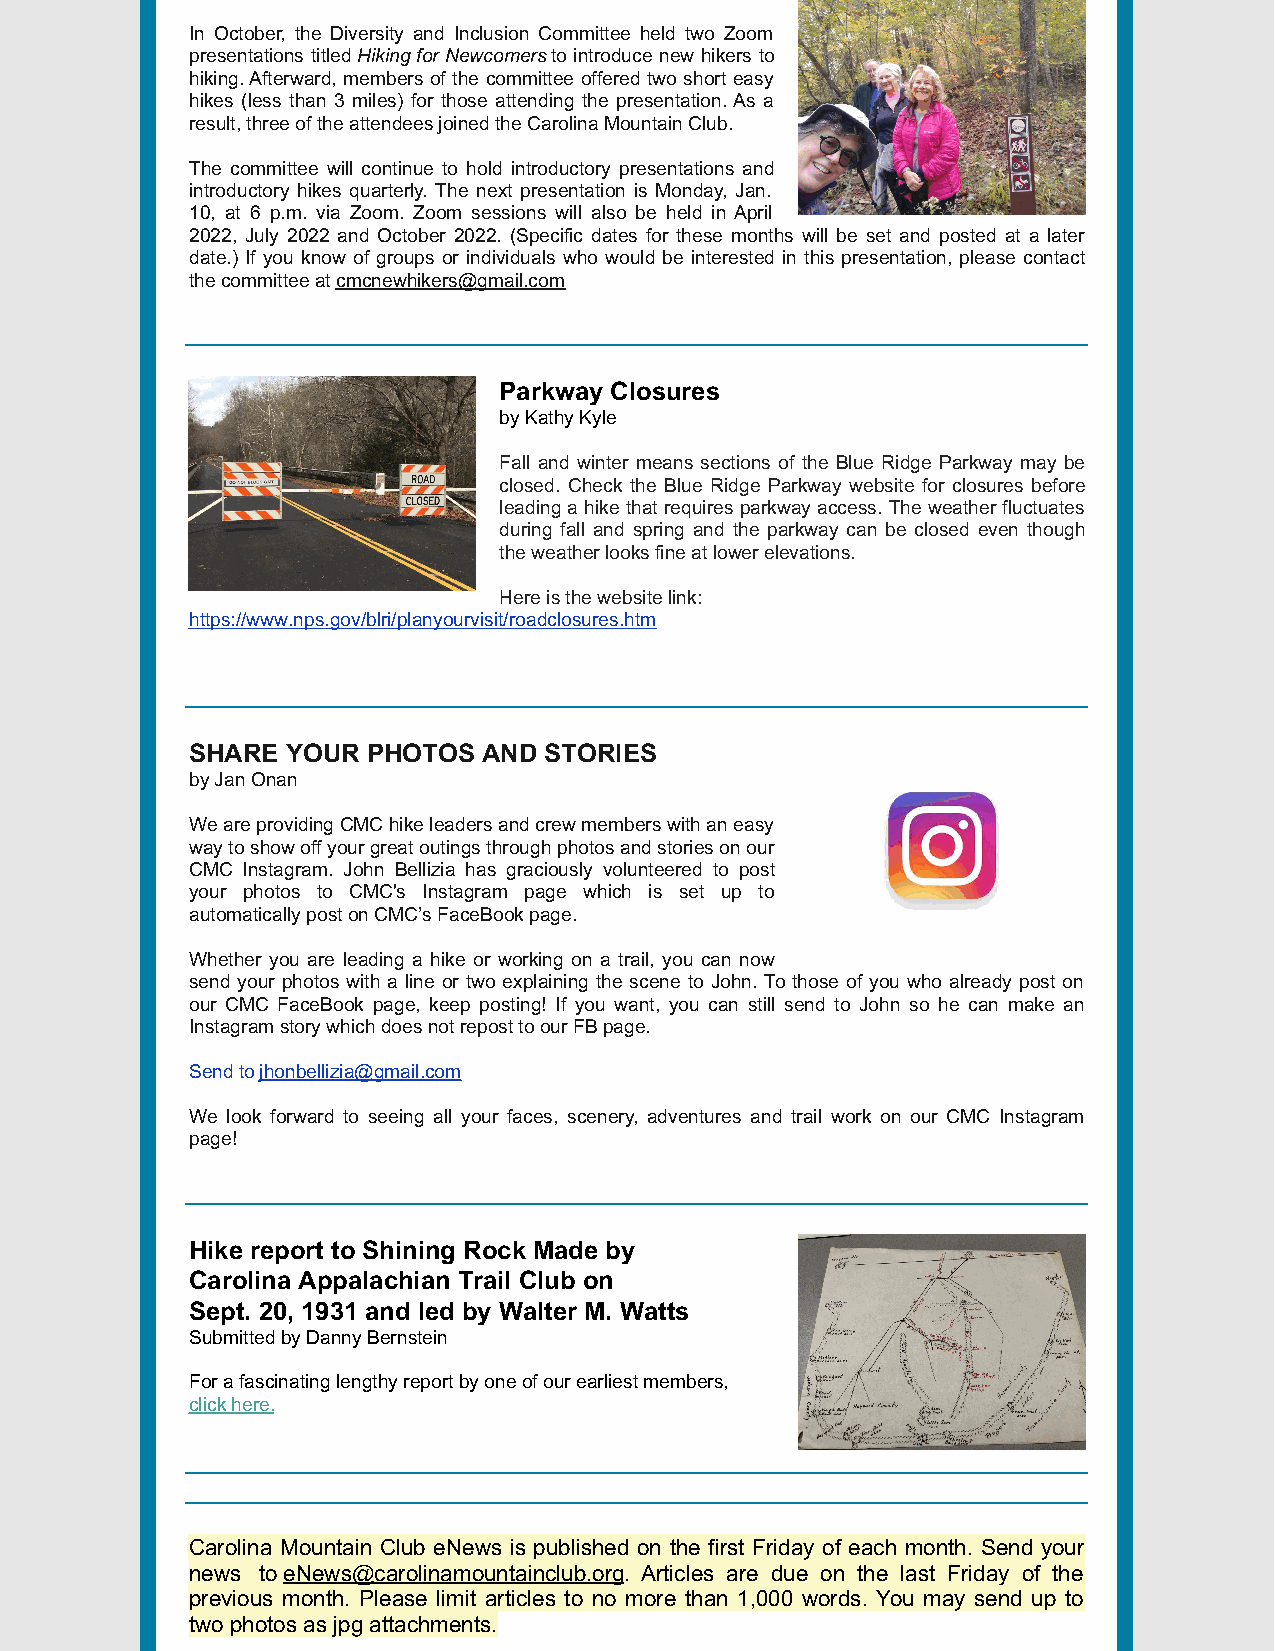
In October, the Diversity and Inclusion Committee held two Zoom
 presentations titled Hiking for Newcomers to introduce new hikers to
 hiking. Afterward, members of the committee offered two short easy
 hikes (less than 3 miles) for those attending the presentation. As a
 result, three of the attendees joined the Carolina Mountain Club.
 The committee will continue to hold introductory presentations and
 introductory hikes quarterly. The next presentation is Monday, Jan.
 10, at 6 p.m. via Zoom. Zoom sessions will also be held in April
 2022, July 2022 and October 2022. (Specific dates for these months will be set and posted at a later
 date.) If you know of groups or individuals who would be interested in this presentation, please contact
 the committee at cmcnewhikers@gmail.com
 Parkway Closures
 by Kathy Kyle
 Fall and winter means sections of the Blue Ridge Parkway may be
 closed. Check the Blue Ridge Parkway website for closures before
 leading a hike that requires parkway access. The weather fluctuates
 during fall and spring and the parkway can be closed even though
 the weather looks fine at lower elevations.
 Here is the website link:
 https://www.nps.gov/blri/planyourvisit/roadclosures.htm
 SHARE YOUR PHOTOS  AND STORIES
 by Jan Onan
 We are providing CMC hike leaders and crew members with an easy
 way to show off your great outings through photos and stories on our
 CMC Instagram. John Bellizia has graciously volunteered to post
 your photos to CMC's Instagram page which is set up to
 automatically post on CMC’s FaceBook page.
 Whether you are leading a hike or working on a trail, you can now
 send your photos with a line or two explaining the scene to John. To those of you who already post on
 our CMC FaceBook page, keep posting! If you want, you can still send to John so he can make an
 Instagram story which does not repost to our FB page.
 Send to jhonbellizia@gmail.com
 We look forward to seeing all your faces, scenery, adventures and trail work on our CMC Instagram
 page!
 Hike report to Shining Rock Made by
 Carolina Appalachian Trail Club on
 Sept. 20, 1931 and led by Walter M. Watts
 Submitted by Danny Bernstein
 For a fascinating lengthy report by one of our earliest members,
 click here.
 Carolina Mountain Club eNews is published on the first Friday of each month. Send your
 news to eNews@carolinamountainclub.org. Articles are due on the last Friday of the
 previous month. Please limit articles to no more than 1,000 words. You may send up to
 two photos as jpg attachments.